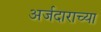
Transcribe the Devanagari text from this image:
अर्जदाराच्या